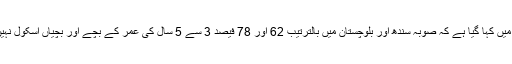
رپورٹ میں کہا گیا ہے کہ صوبہ سندھ اور بلوچستان میں بالترتیب 62 اور 78 فیصد 3 سے 5 سال کی عمر کے بچے اور بچیاں اسکول نہیں جاتے۔